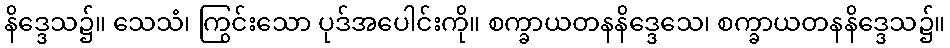
နိဒ္ဒေသ၌။ သေသံ၊ ကြွင်းသော ပုဒ်အပေါင်းကို။ စက္ခာယတနနိဒ္ဒေသေ၊ စက္ခာယတနနိဒ္ဒေသ၌။